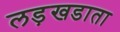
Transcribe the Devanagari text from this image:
लड़खडाता